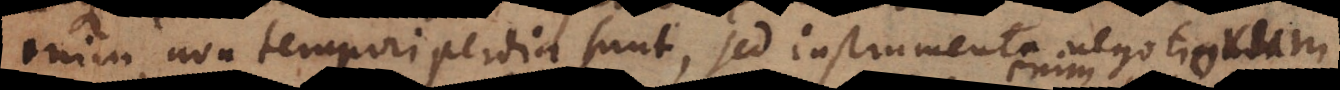
enim non tempori perdia sunt, sed instrumenta negotiorum.